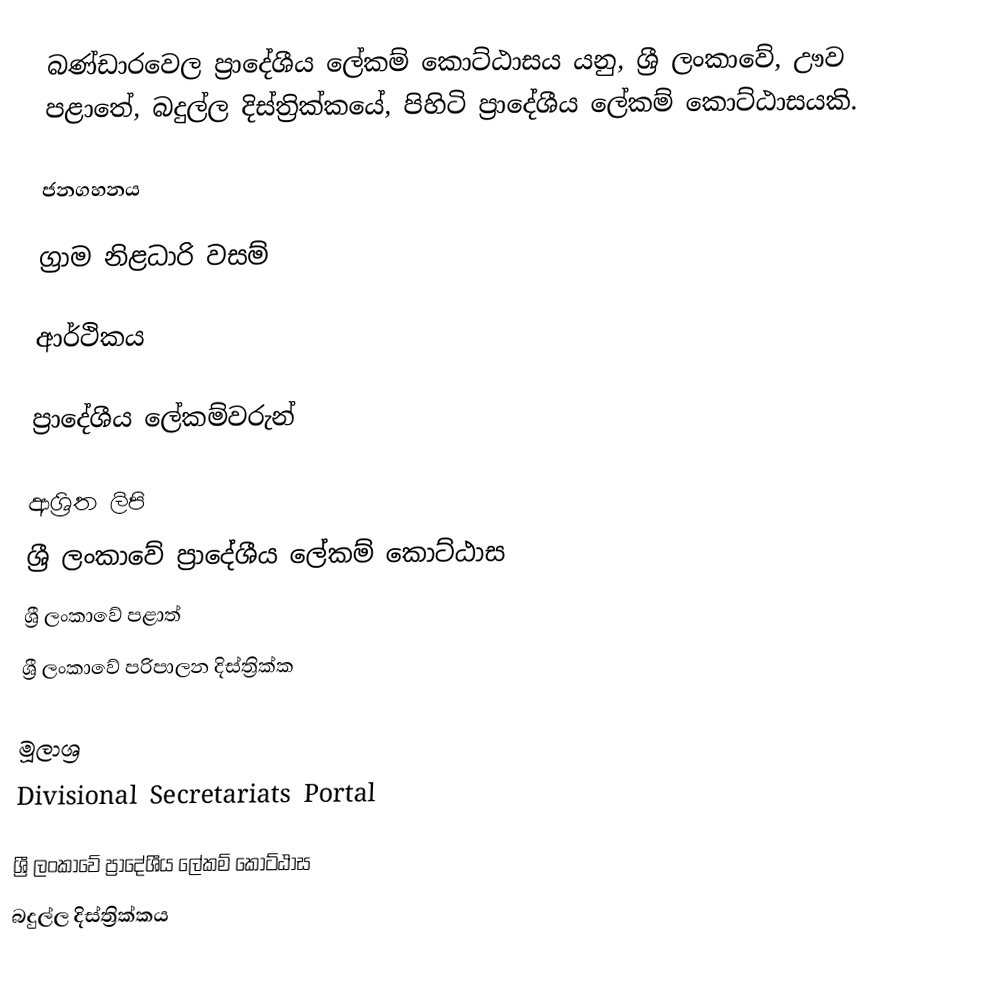
බණ්ඩාරවෙල ප්‍රාදේශීය ලේකම් කොට්ඨාසය යනු,  ශ්‍රී ලංකාවේ, ඌව පළාතේ,   බදුල්ල දිස්ත්‍රික්කයේ, පිහිටි ප්‍රාදේශීය ලේකම් කොට්ඨාසයකි.

ජනගහනය

ග්‍රාම නිළධාරි වසම්

ආර්ථිකය

ප්‍රාදේශීය ලේකම්වරුන්

ආශ්‍රිත ලිපි
ශ්‍රී ලංකාවේ ප්‍රාදේශීය ලේකම් කොට්ඨාස
ශ්‍රී ලංකාවේ පළාත්
ශ්‍රී ලංකාවේ පරිපාලන දිස්ත්‍රික්ක

මූලාශ්‍ර
 Divisional Secretariats Portal

ශ්‍රී ලංකාවේ ප්‍රාදේශීය ලේකම් කොට්ඨාස
බදුල්ල දිස්ත්‍රික්කය